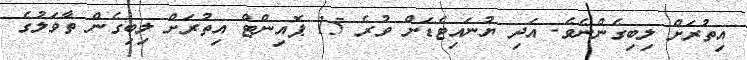
އިތުރަށް ލިބިގެންނެވެ. އަދި ޔުނައިޓެޑަށް ވުރެ 15 ޕޮއިންޓް އިތުރަށް ލިބިގެން ތާވަލުގެ